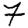
Digit: 7